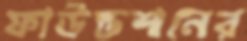
ফাউন্ডশনের